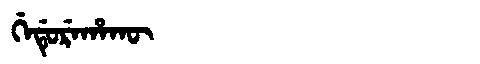
Manchu: ᡤᡝᡩᡠᡵᡝᡥᠠᡴᡡ
Romanization: GEDUREHAKŪ